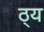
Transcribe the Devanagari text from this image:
ठ्य